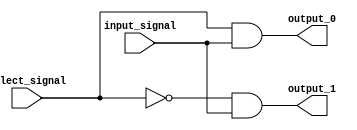
module demux_1to2 (
    input input_signal,
    input select_signal,
    output output_0,
    output output_1
);

assign output_0 = (select_signal & input_signal);
assign output_1 = (~select_signal & input_signal);

endmodule